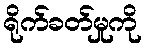
ရိုက်ခတ်မှုကို